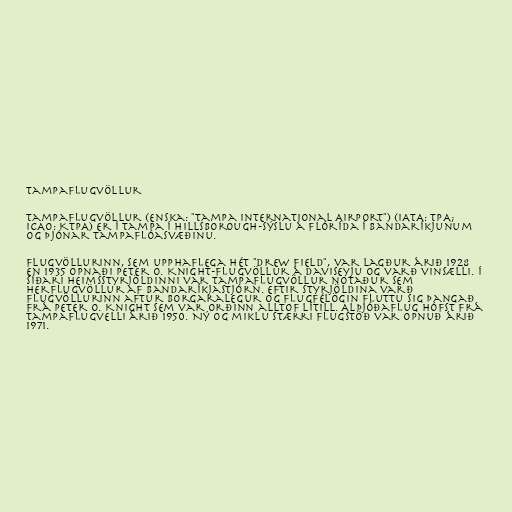
Tampaflugvöllur

Tampaflugvöllur (enska: "Tampa International Airport") (IATA: TPA;
ICAO: KTPA) er í Tampa í Hillsborough-sýslu á Flórída í Bandaríkjunum
og þjónar Tampaflóasvæðinu.

Flugvöllurinn, sem upphaflega hét "Drew Field", var lagður árið 1928
en 1935 opnaði Peter O. Knight-flugvöllur á Daviseyju og varð vinsælli. Í
Síðari heimsstyrjöldinni var Tampaflugvöllur notaður sem
herflugvöllur af Bandaríkjastjórn. Eftir styrjöldina varð
flugvöllurinn aftur borgaralegur og flugfélögin fluttu sig þangað
frá Peter O. Knight sem var orðinn alltof lítill. Alþjóðaflug hófst frá
Tampaflugvelli árið 1950. Ný og miklu stærri flugstöð var opnuð árið
1971.